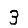
Digit: 3